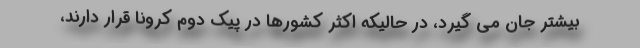
بیشتر جان می گیرد، در حالیکه اکثر کشورها در پیک دوم کرونا قرار دارند،